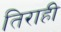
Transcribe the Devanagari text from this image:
तिराही